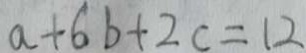
a + 6 b + 2 c = 1 2